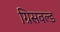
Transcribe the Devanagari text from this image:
ग्रिसवल्ड